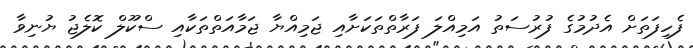
ފެހިފަތަށް އެދުމުގެ ފުރުސަތު އަމިއްލަ ފަރާތްތަކަށާއި ޖަމިއްޔާ ޖަމާއަތްތަކާއި ސްކޫލް ކޮލެޖު ޔުނިވާ